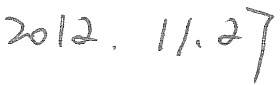
\(2012.11.27\)